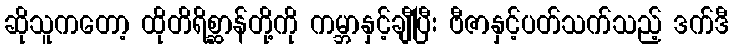
ဆိုသူကတော့ ထိုတိရိစ္ဆာန်တို့ကို ကမ္ဘာနှင့်ချီပြီး ဗီဇာနှင့်ပတ်သက်သည့် ဒက်ဒီ